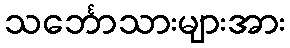
သင်္ဘောသားများအား